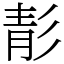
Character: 𩇕